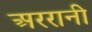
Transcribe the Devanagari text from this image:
अररानी